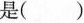
是( )